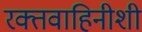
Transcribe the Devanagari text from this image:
रक्तवाहिनीशी